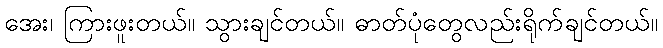
အေး၊ ကြားဖူးတယ်။ သွားချင်တယ်။ ဓာတ်ပုံတွေလည်းရိုက်ချင်တယ်။